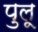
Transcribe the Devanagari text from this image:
पुलू